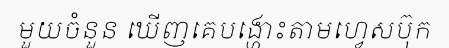
មួយចំនួន ឃើញគេបង្ហោះតាមហ្វេសប៊ុក